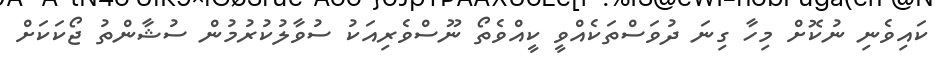
ކައިވެނި ނުކޮށް މިހާ ގިނަ ދުވަސްތަކެއްވީ ކީއްވެތޯ ނޫސްވެރިއަކު ސުވާލުކުރުމުން ސުޝާންތު ޖޯކަކަށް